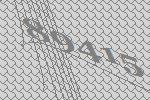
89415